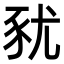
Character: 𧰰